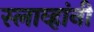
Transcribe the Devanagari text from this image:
स्लाव्हांनी